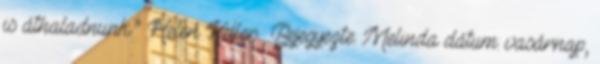
is áthaladnunk.” Helen Keller Bejegyezte: Melinda dátum: vasárnap,